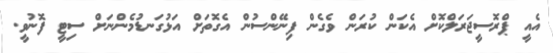
އެއީ ޕްރޮސީޖަރަލްކޮށް އެކަން ކުރަން ވެގެން ފިނޭންސުން އެގޮތަށް އަޅުގަނޑުމެންނަށް ސިޓީ ފޮނުވީ.